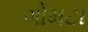
ગોમટા